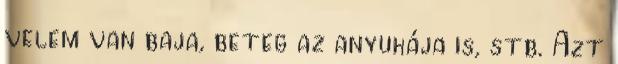
velem van baja, beteg az anyukája is, stb. Azt